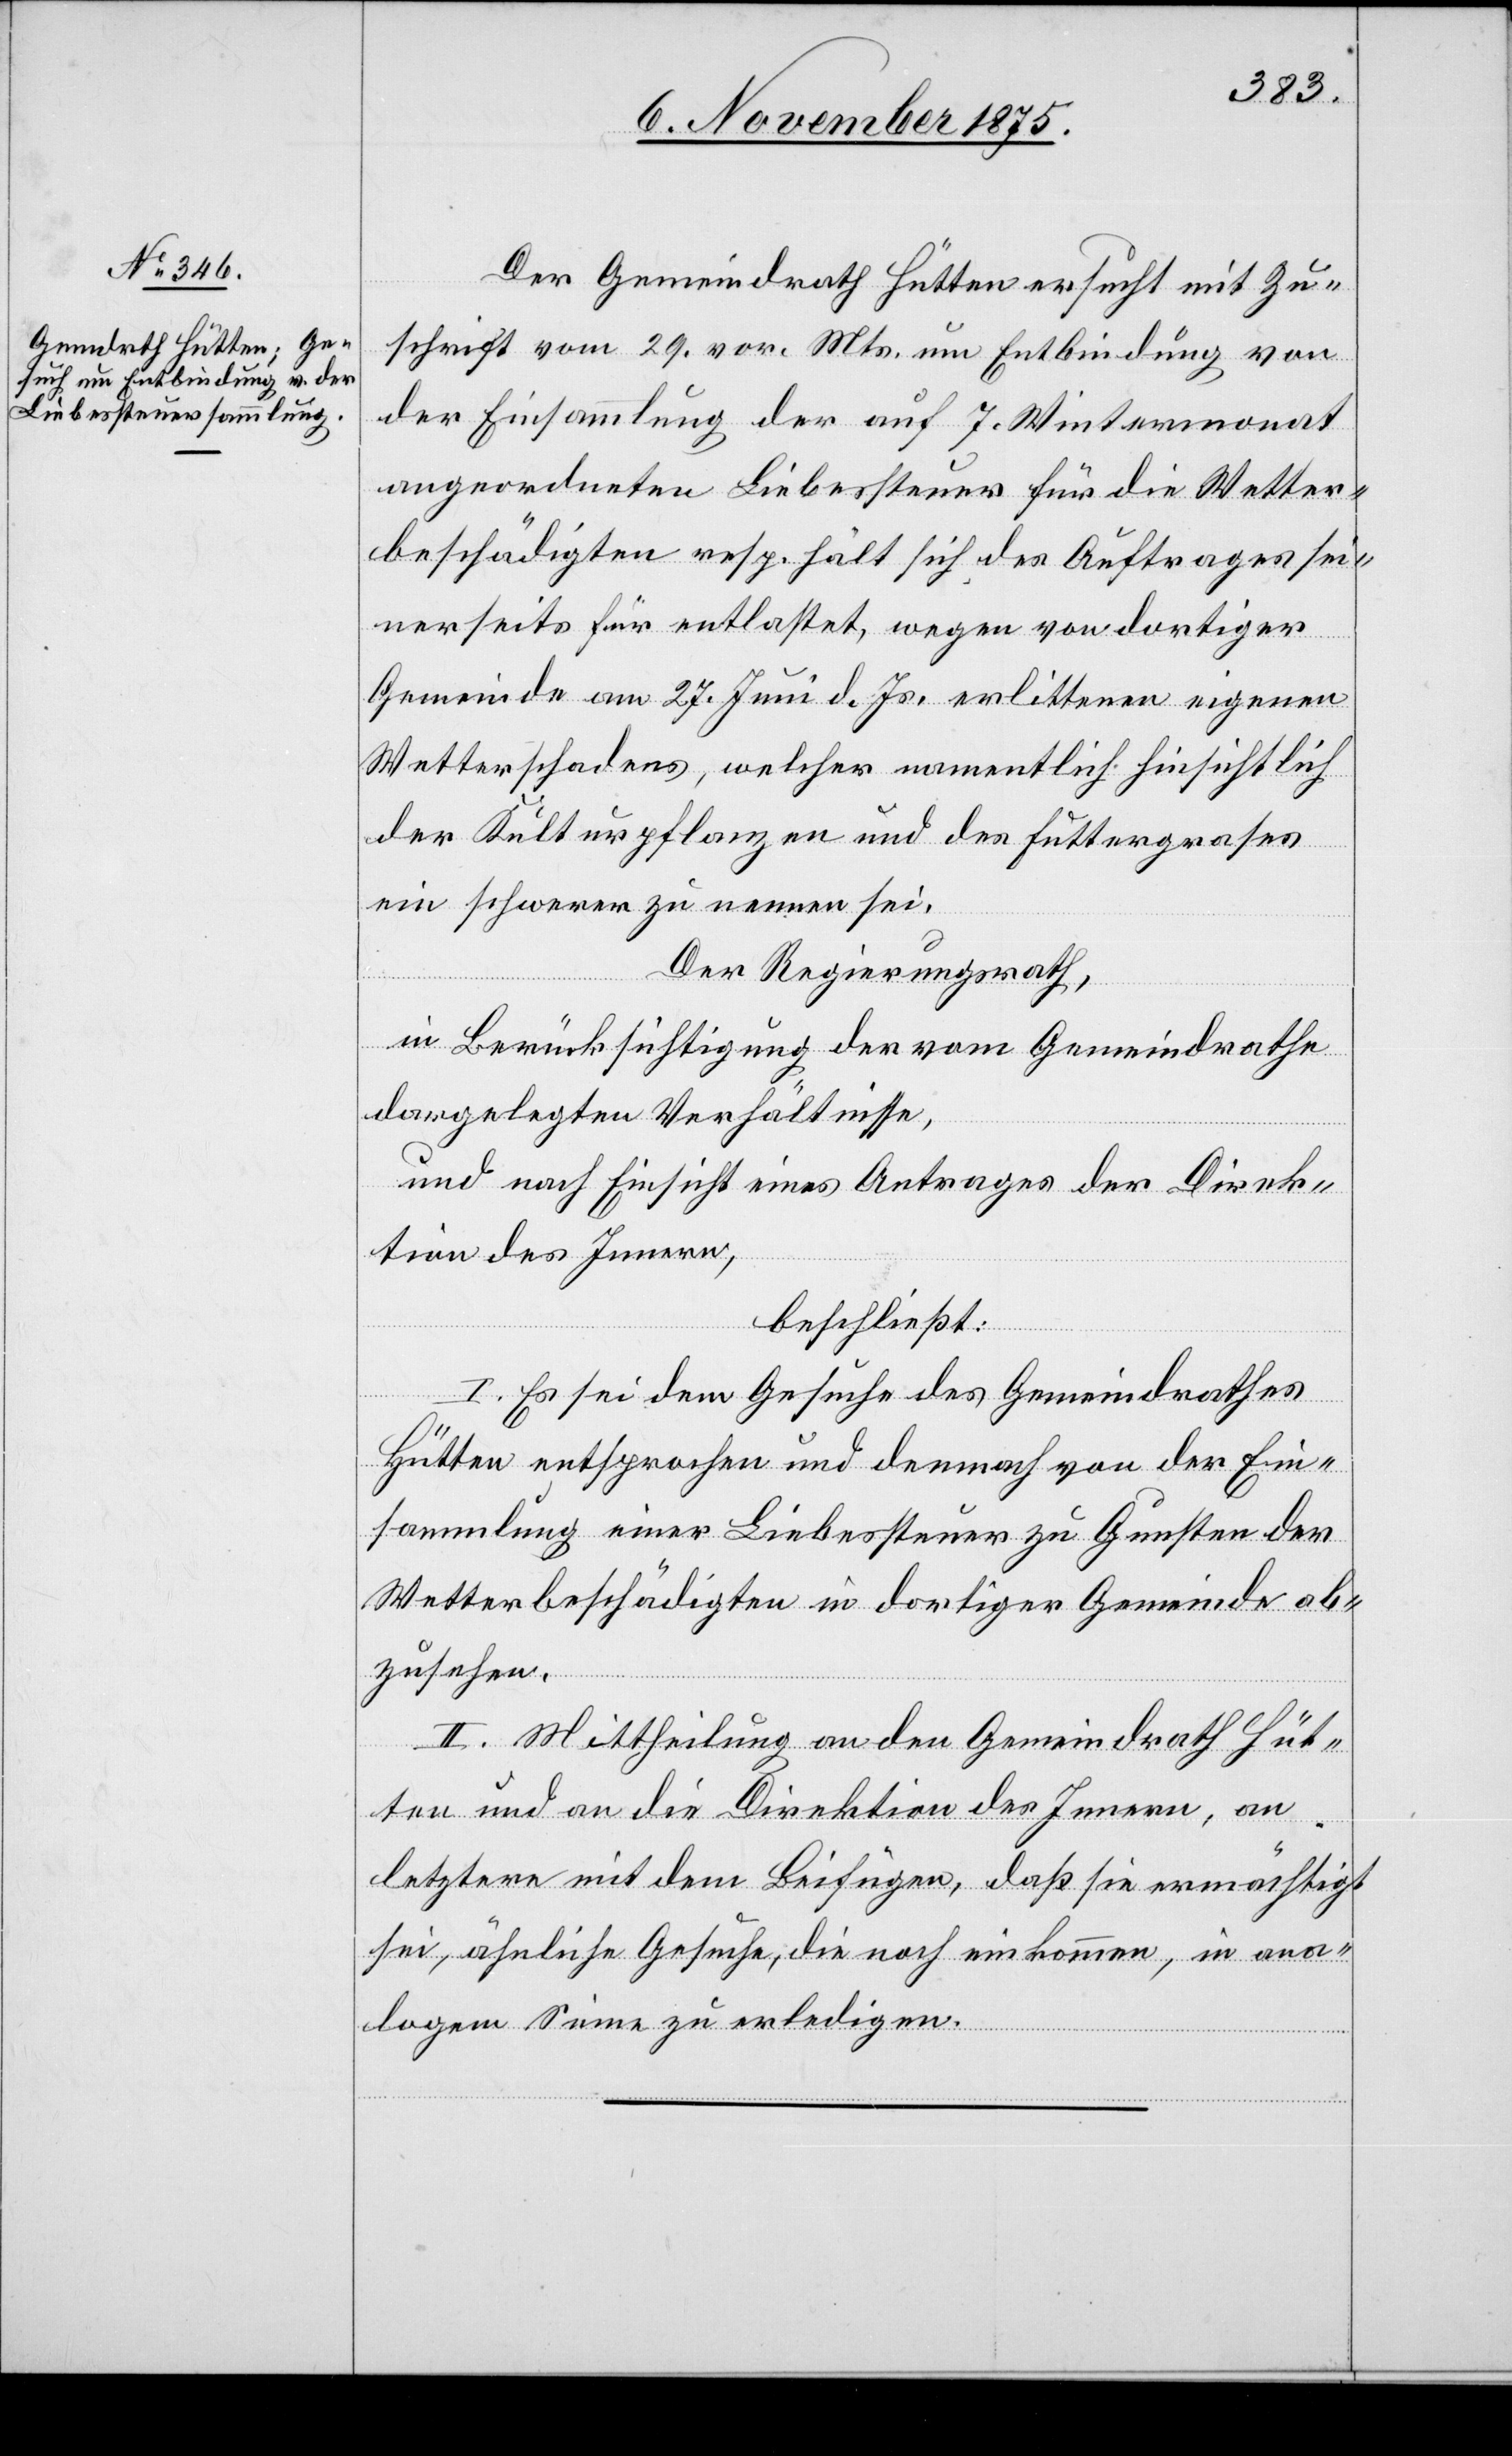
Der Gemeindrath Hütten ersucht mit Zu¬
schrift vom 29. vor. Mts. um Entbindung von
der Einsammlung der auf 7. Wintermonat
angeordneten Liebessteuer für die Wetter¬
beschädigten resp. hält sich des Auftrages sei¬
nerseits für entlastet, wegen von dortiger
Gemeinde am 27. Juni d. Js. erlittenen eigenen
Wetterschadens, welcher namentlich hinsichtlich
der Kulturpflanzen und des Futtergrases
ein schwerer zu nennen sei.
Der Regierungsrath,
in Berücksichtigung der vom Gemeindrathe
dargelegten Verhältnisse,
und nach Einsicht eines Antrages der Direk¬
tion des Innern,
beschließt:
I. Es sei dem Gesuche des Gemeindrathes
Hütten entsprochen und demnach von der Ein¬
sammlung einer Liebessteuer zu Gunsten der
Wetterbeschädigten in dortiger Gemeinde ab¬
zusehen.
II. Mittheilung an den Gemeindrath Hüt¬
ten und an die Direktion des Innern, an
letztere mit dem Beifügen, daß sie ermächtigt
sei, ähnliche Gesuche, die noch einkommen, in ana¬
logem Sinne zu erledigen.